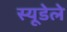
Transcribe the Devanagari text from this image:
स्यूडेले